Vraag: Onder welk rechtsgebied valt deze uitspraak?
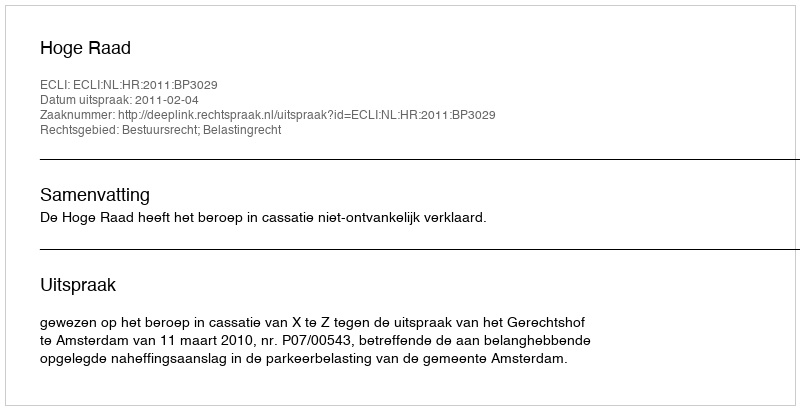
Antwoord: Bestuursrecht; Belastingrecht